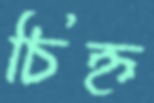
চিহ্ন